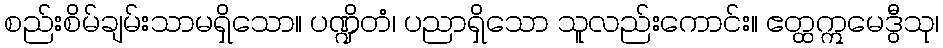
စည်းစိမ်ချမ်းသာမရှိသော။ ပဏ္ဍိတံ၊ ပညာရှိသော သူလည်းကောင်း။ ဧတ္ထဣမေဒွီသု၊